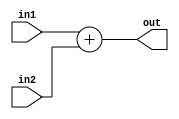
module Add(
	input [31:0]		in1 ,
	input [31:0]		in2 ,

	output [31:0]		out
	);

	assign out = in1 + in2 ;

endmodule